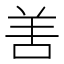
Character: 𠲘